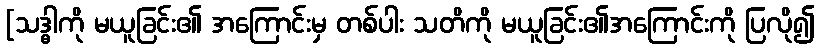
[သဒ္ဓါကို မယူခြင်း၏ အကြောင်းမှ တစ်ပါး သတိကို မယူခြင်း၏အကြောင်းကို ပြလို၍